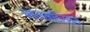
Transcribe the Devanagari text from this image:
मानमंदिरस्थ